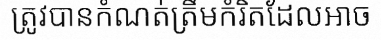
ត្រូវបានកំណត់ត្រឹមកំរិតដែលអាច